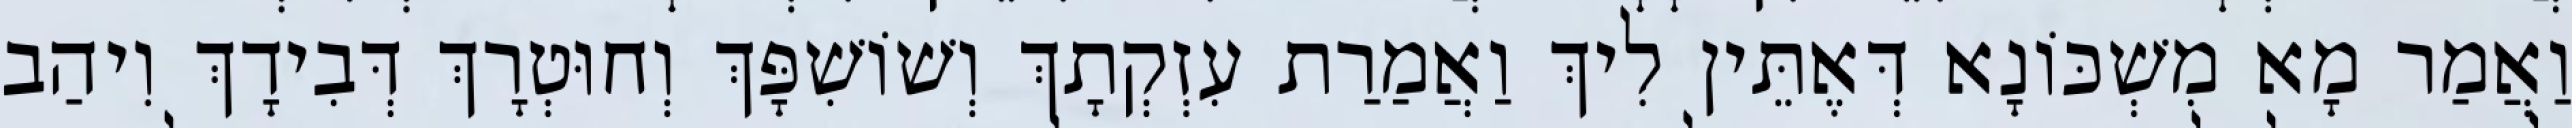
וַאֲמַר מָא מִשְׁכּוֹנָא דְּאֶתֵּין לִיךְ וַאֲמַרַת עִזְקְתָךְ וְשׁוֹשִׁפָּךְ וְחוּטְרָךְ דְּבִידָךְ וִיהַב